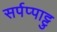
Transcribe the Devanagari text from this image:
सर्पप्पाट्टु